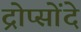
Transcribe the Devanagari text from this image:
द्रोप्सोंदे